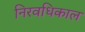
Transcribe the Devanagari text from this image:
निरवधिकाल